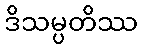
ဒိသမ္ပတိဿ